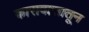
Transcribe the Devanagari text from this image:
कारावासातून